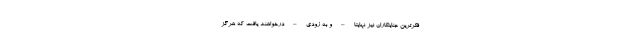
‌فکرترین جنایتکاران نیز نهایتا – و به زودی – درخواهند یافت که هرگز